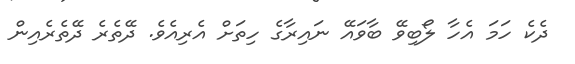
ދެކެ ހަމަ އެހާ ލޯބިވޭ ބާވައޭ ނައިރާގެ ހިތަށް އެރިއެވެ. ދޭތެރެ ދޭތެރެއިން